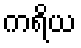
ကရိယ